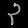
Digit: ၃